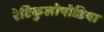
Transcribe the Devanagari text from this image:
रेटिकुलोपोडिया